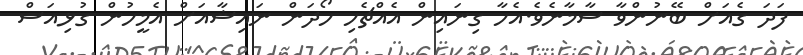
ފަދަ ގެއަށް ބޭނުންވާ ސާމާނެވެ.އެހާ ގިނައިން އެއްޗެހި ހޯދަން ނައިޝާއަށް އެމީހުން ގުޅިއަސް